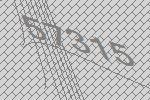
57315